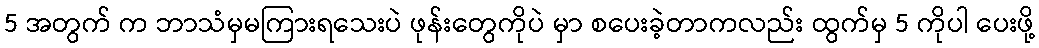
5 အတွက် က ဘာသံမှမကြားရသေးပဲ ဖုန်းတွေကိုပဲ မှာ စပေးခဲ့တာကလည်း ထွက်မှ 5 ကိုပါ ပေးဖို့